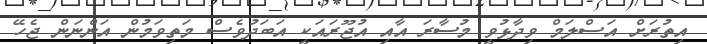
އިތުރަށް އަސްލަމް ވިދާޅުވީ މުސާރަ އާއި އުޖޫރައަކީ އަބަދުވެސް މަތިވަމުން އަންނަން ޖެހޭ